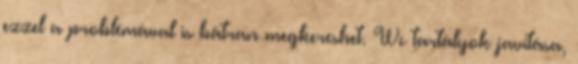
ezzel a problémával is bátran megkereshet. Wc tartályok javítása,